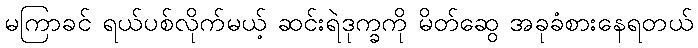
မကြာခင် ရယ်ပစ်လိုက်မယ့် ဆင်းရဲဒုက္ခကို မိတ်ဆွေ အခုခံစားနေရတယ်